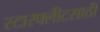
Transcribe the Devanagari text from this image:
स्टारफ्लीटसाठी